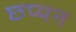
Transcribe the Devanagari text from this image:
छप्‍पन